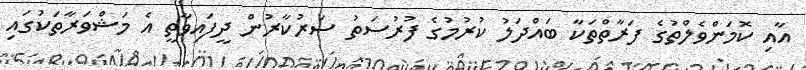
އާއި ކޮމަންވެލްތުގެ ފަރާތްތަކާ ބައްދަލު ކުރުމުގެ ފުރުސަތު ސަރުކާރުން ދީފައިވާތީ އެ މަޝްވަރާތަކުގައި